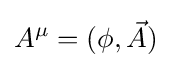
A^{\mu }=(\phi ,{\vec {A}})